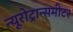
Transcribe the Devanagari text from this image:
न्यूरोट्रान्समीटर